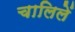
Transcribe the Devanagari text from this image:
चालिलें